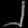
Digit: ၂